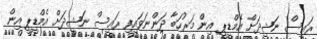
ރައީސް ނަޝީދަށް އެމްޑީޕީ އިން މަރުހަބާ ދަންނަވައިފި ރައީސް ނަޝީދަށް އެމްޑީޕީ އިން